Bréfritari: Benedikt Hálfdanarson
Dagsetning: A-1880-02-23
Skrifað á: Vesturheimi

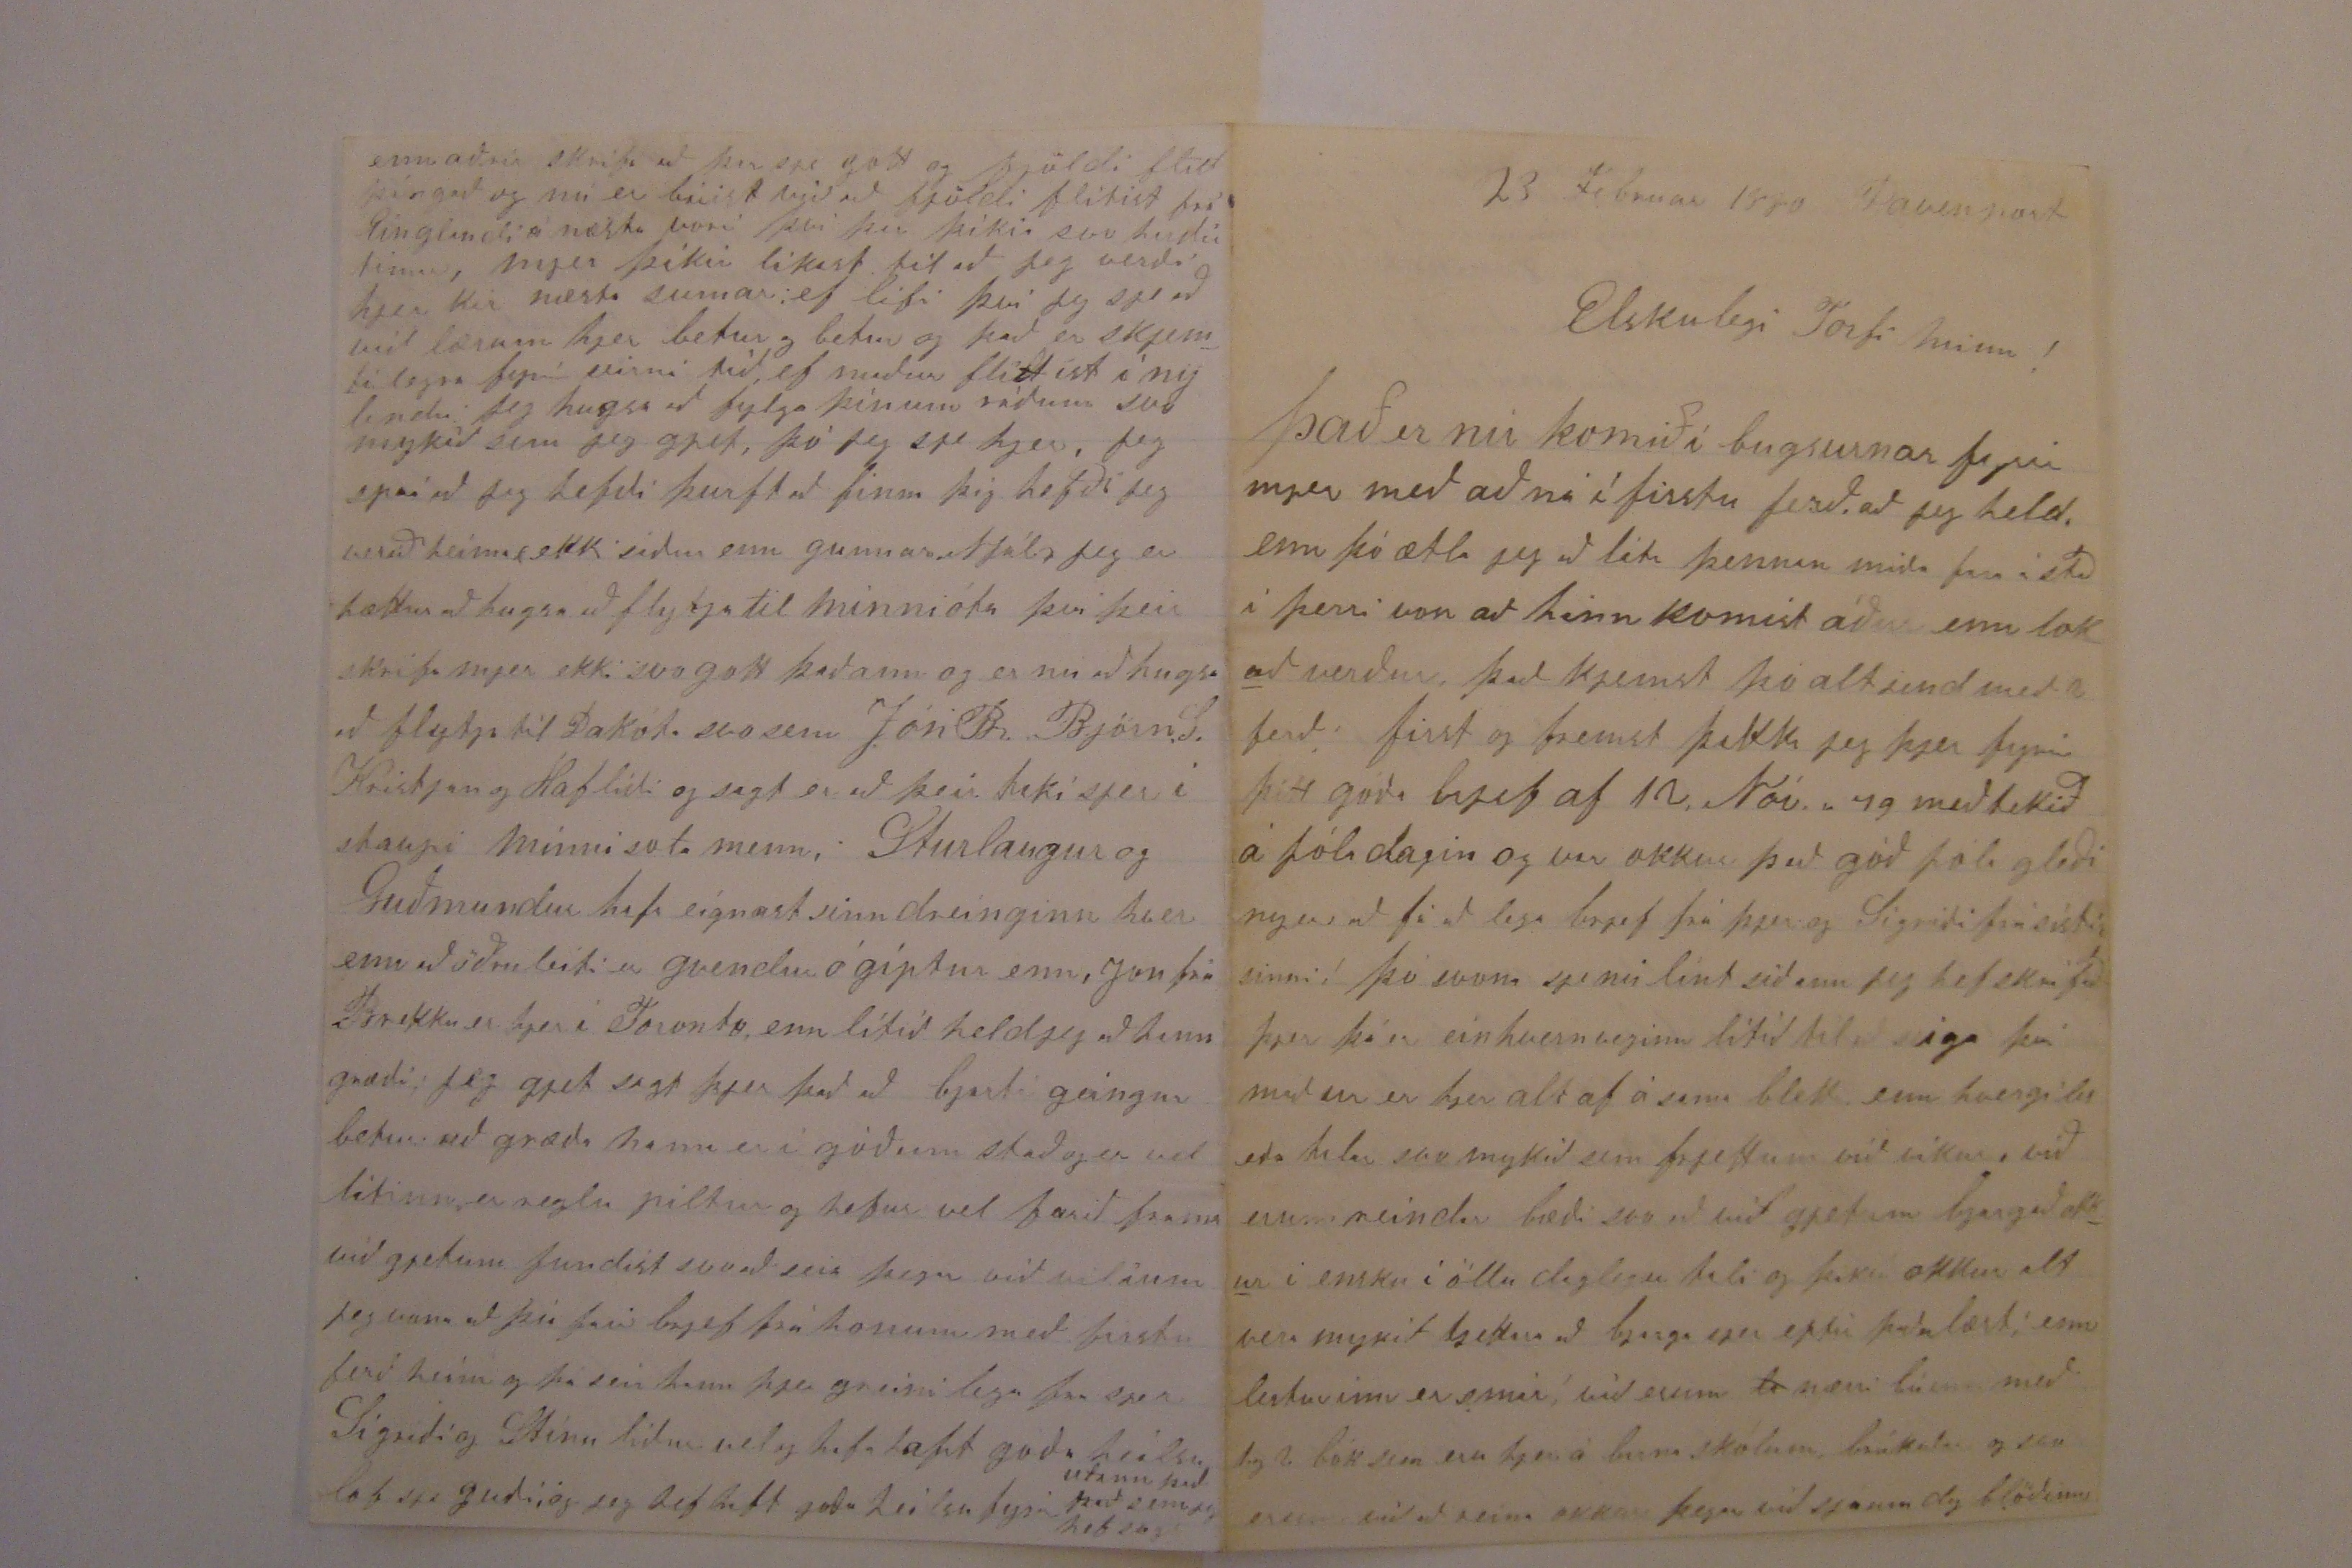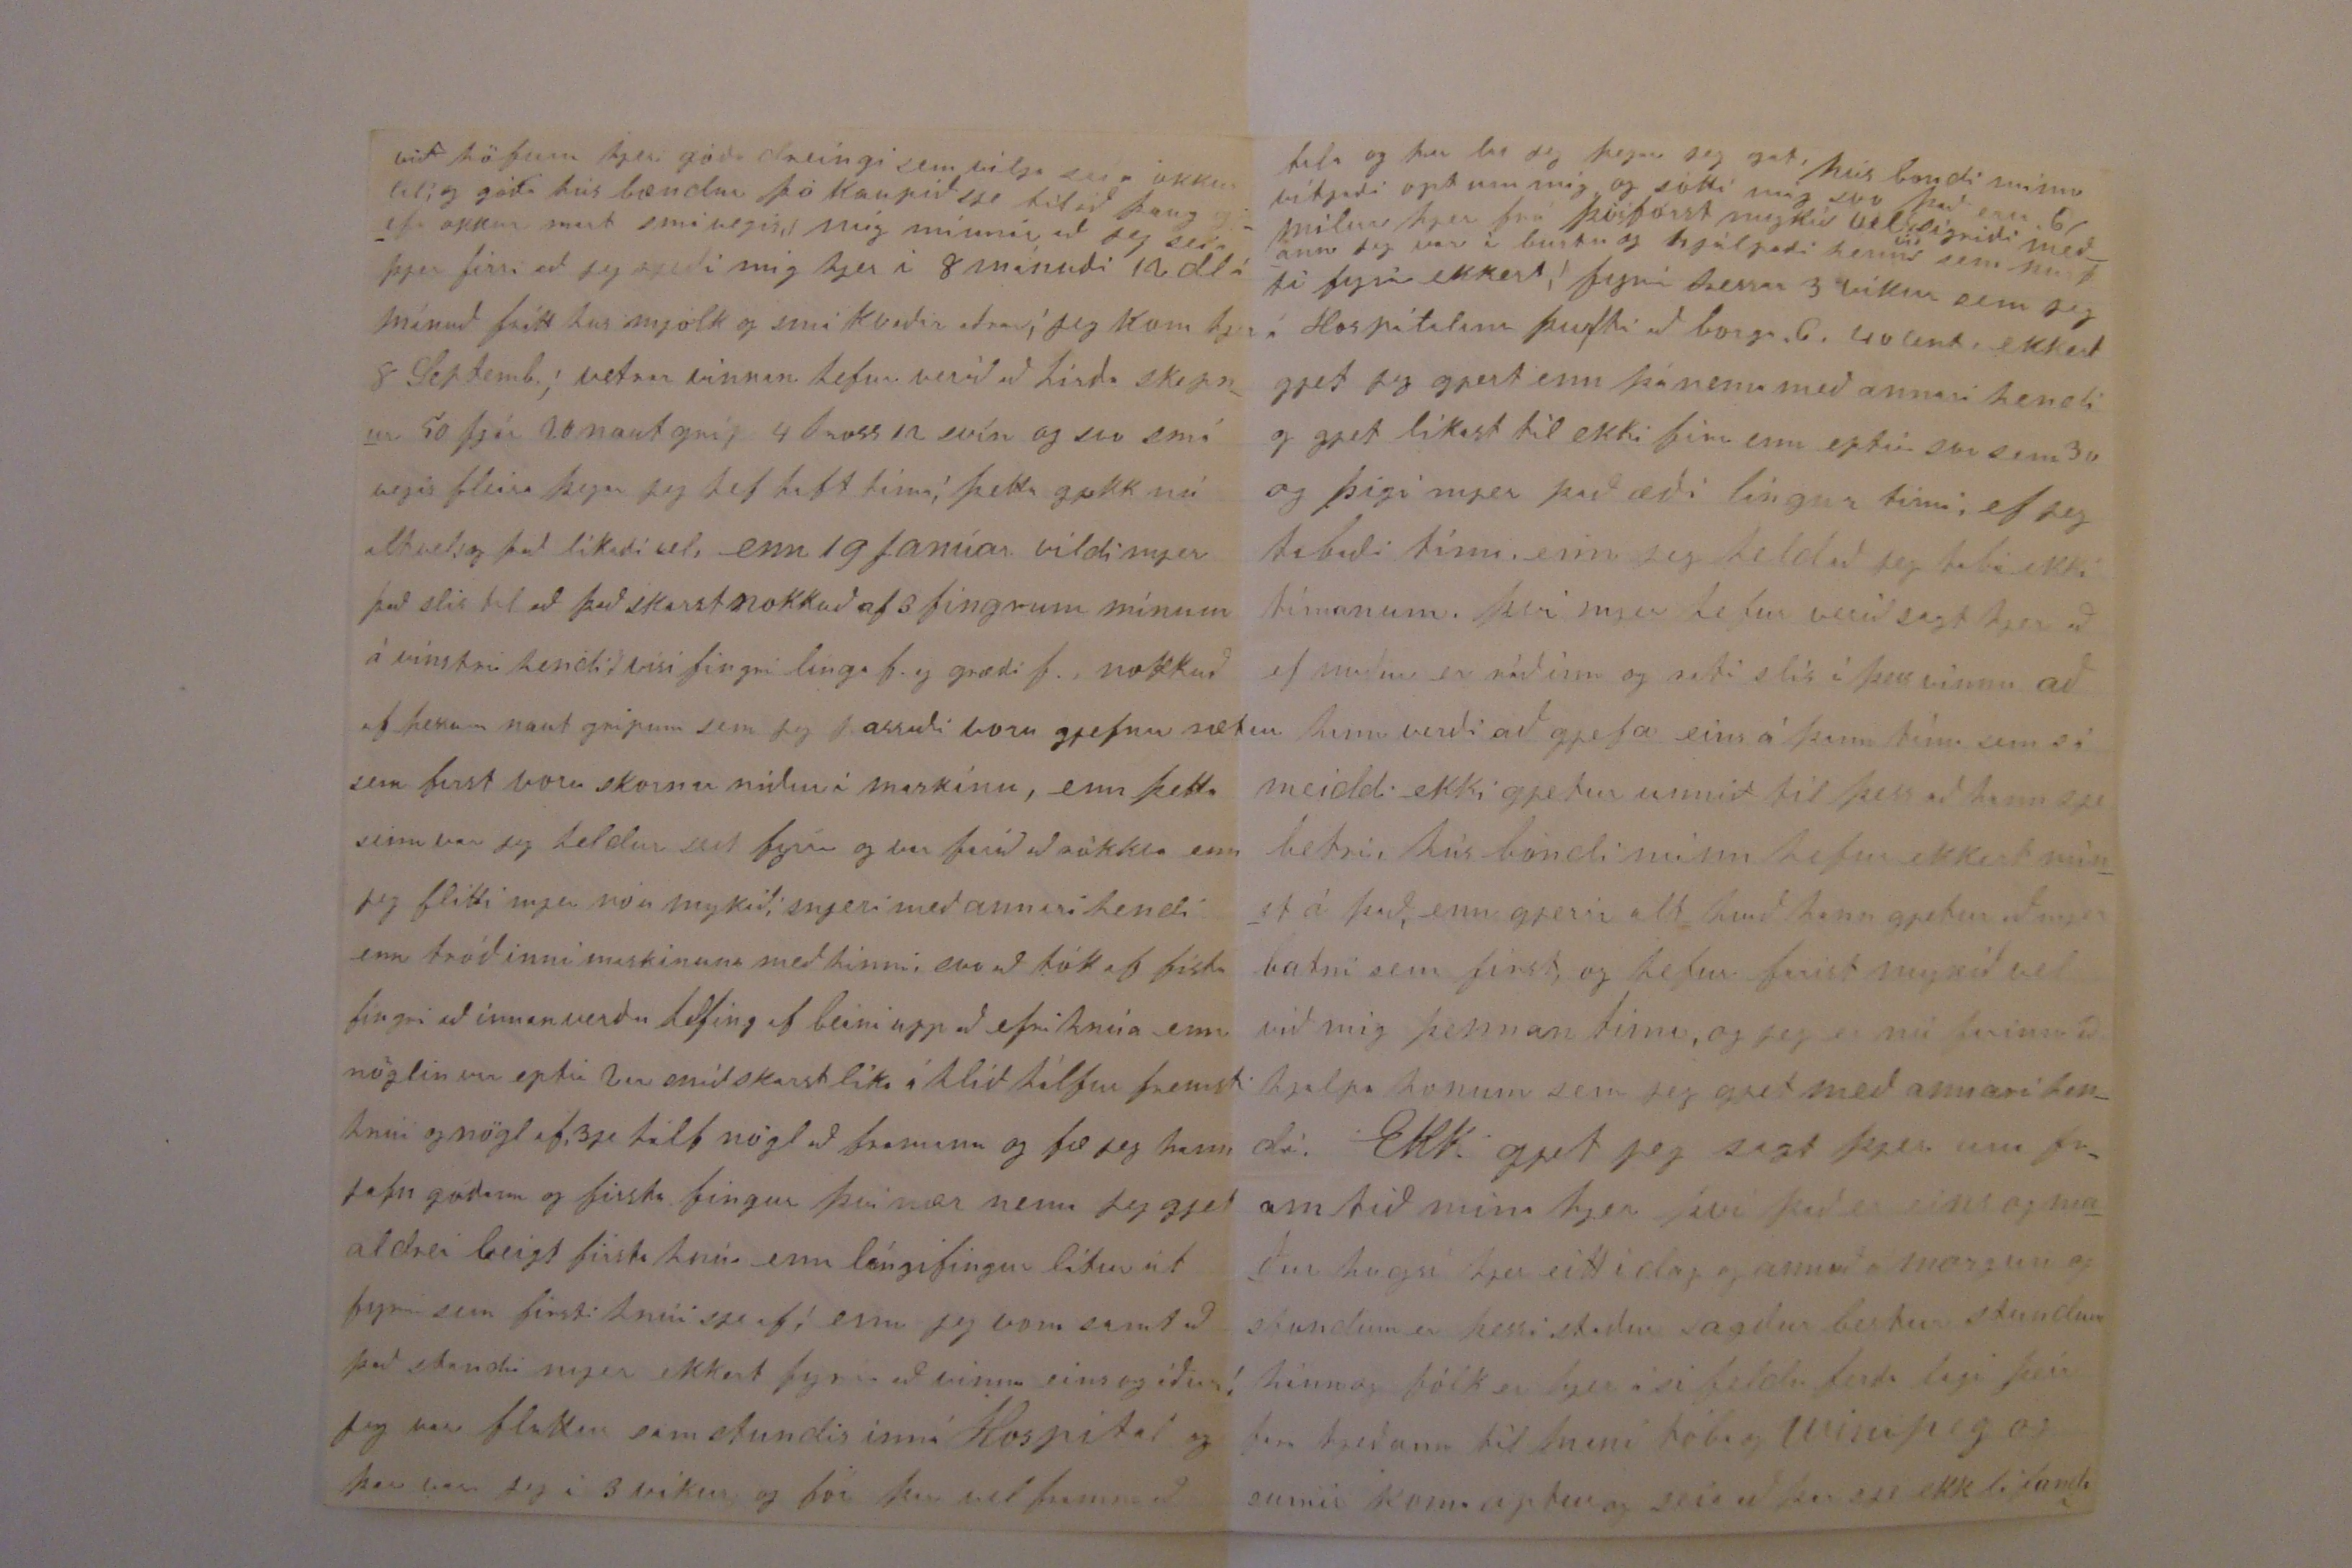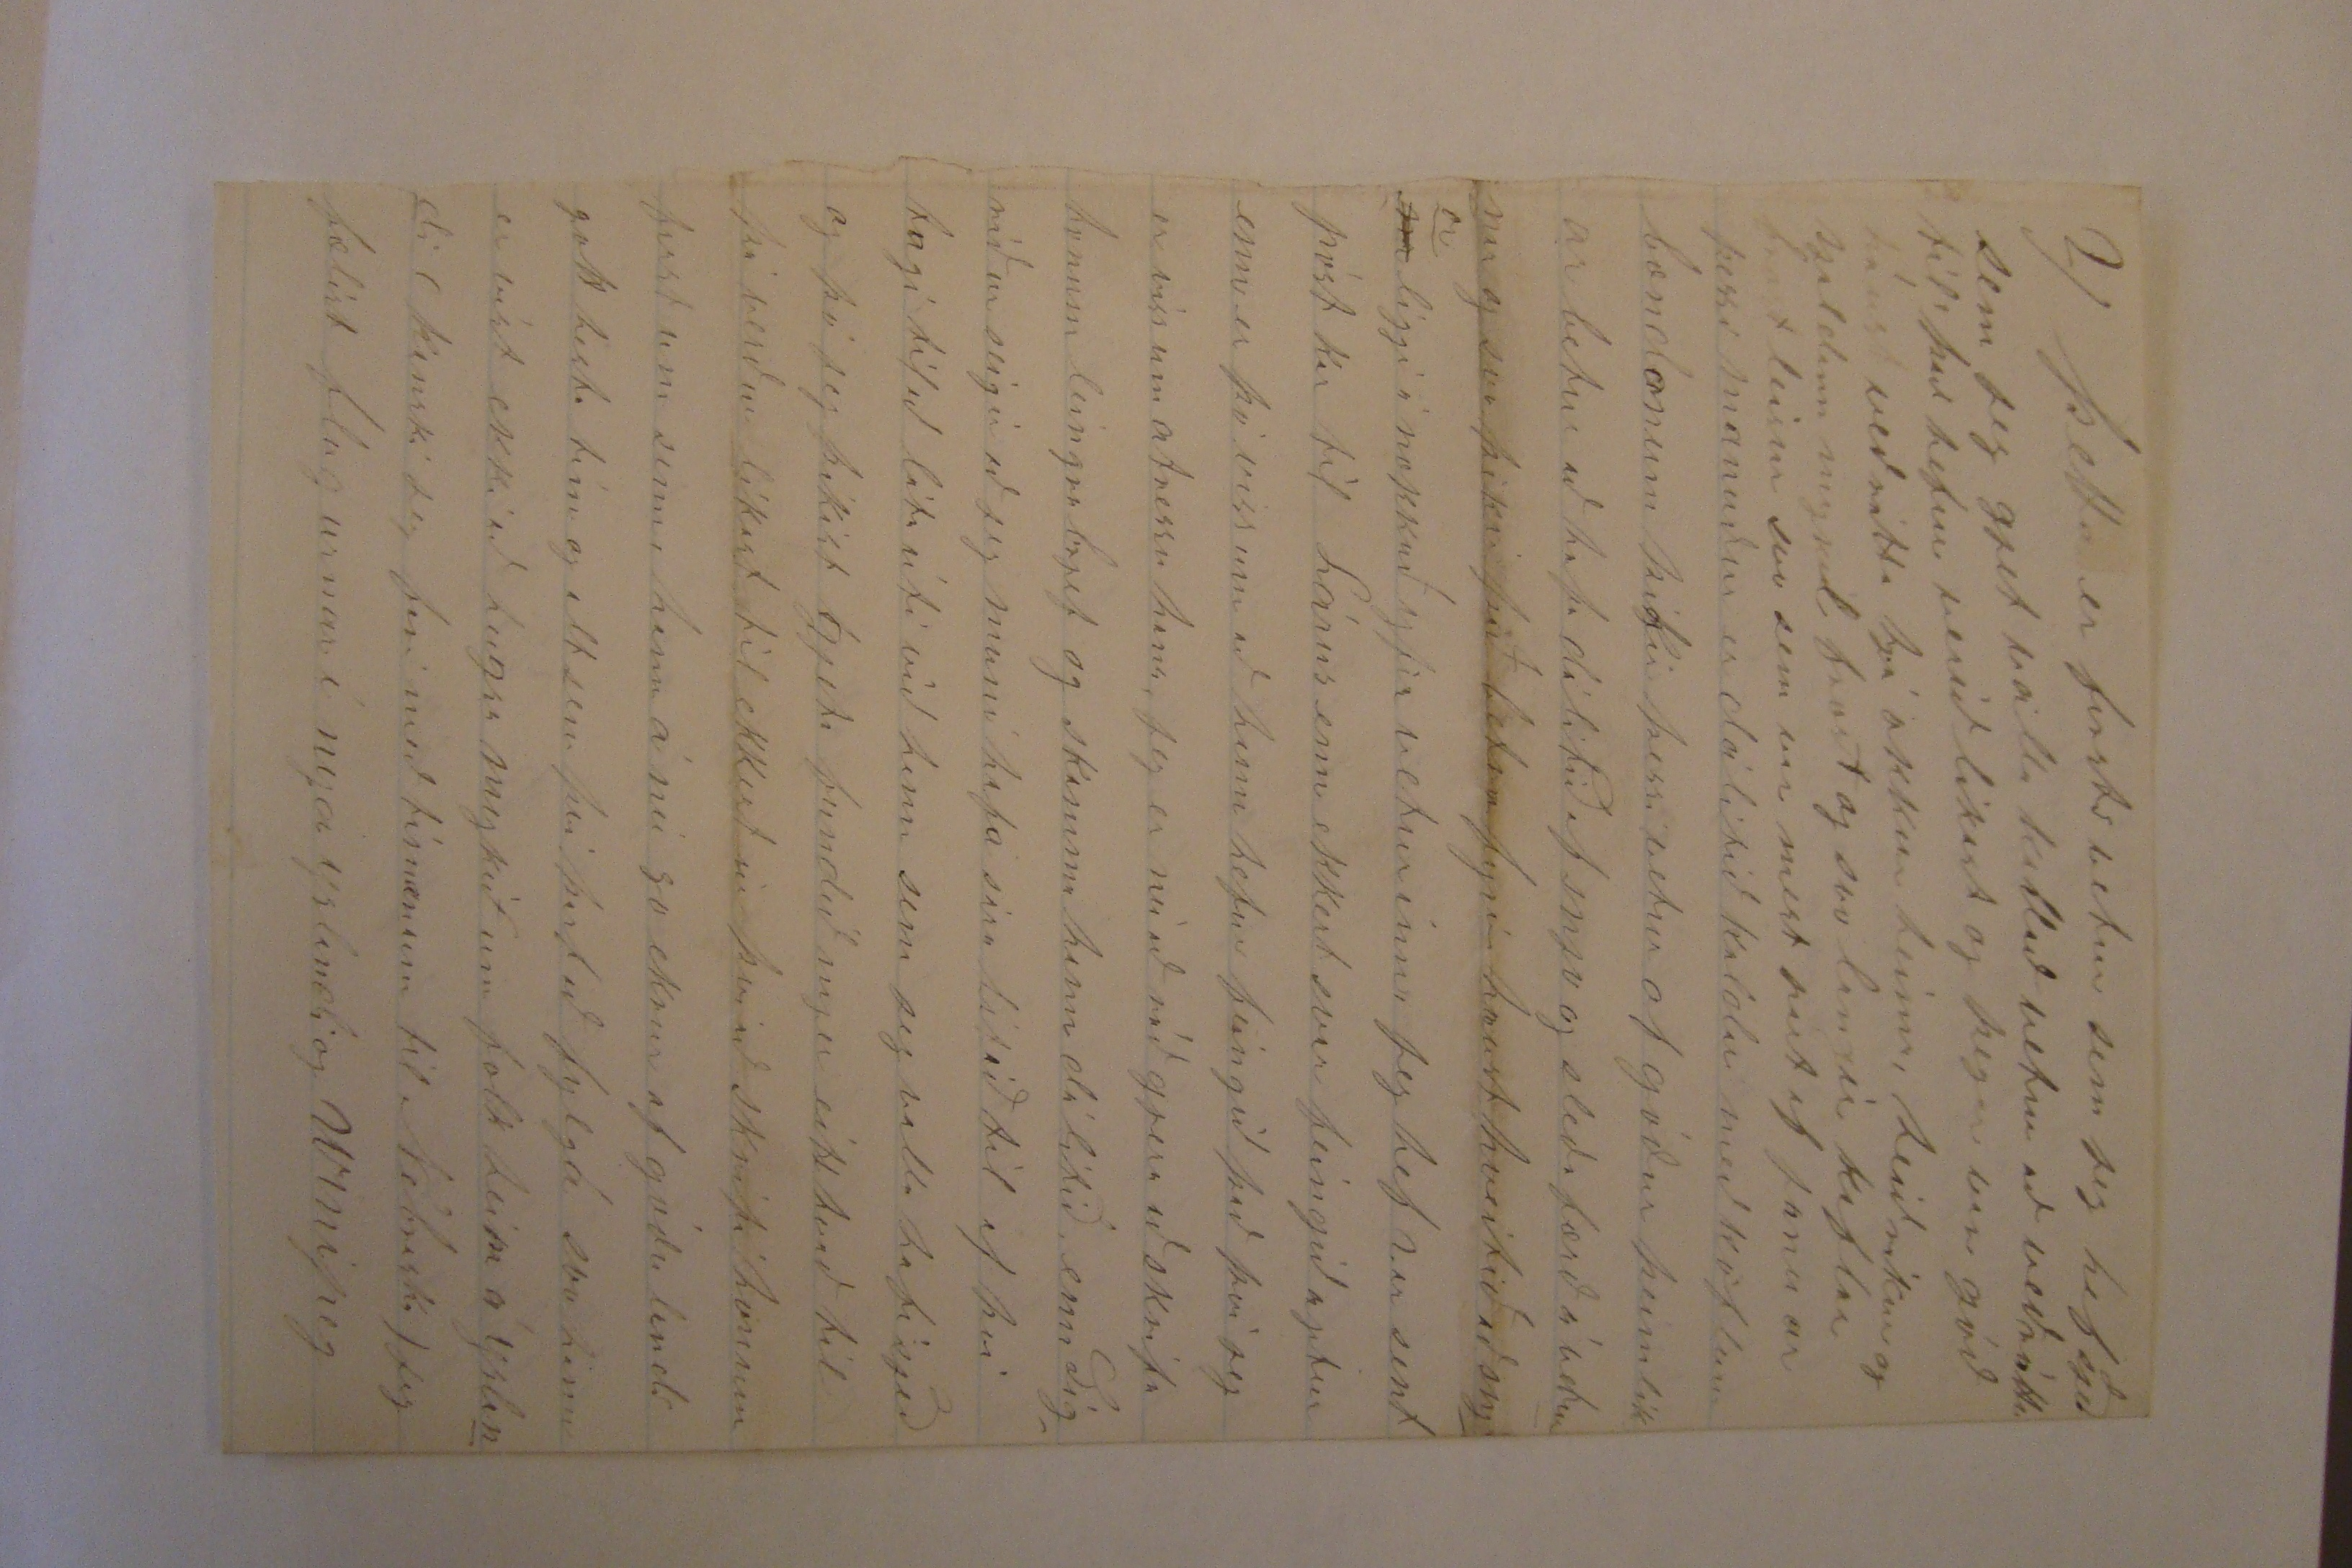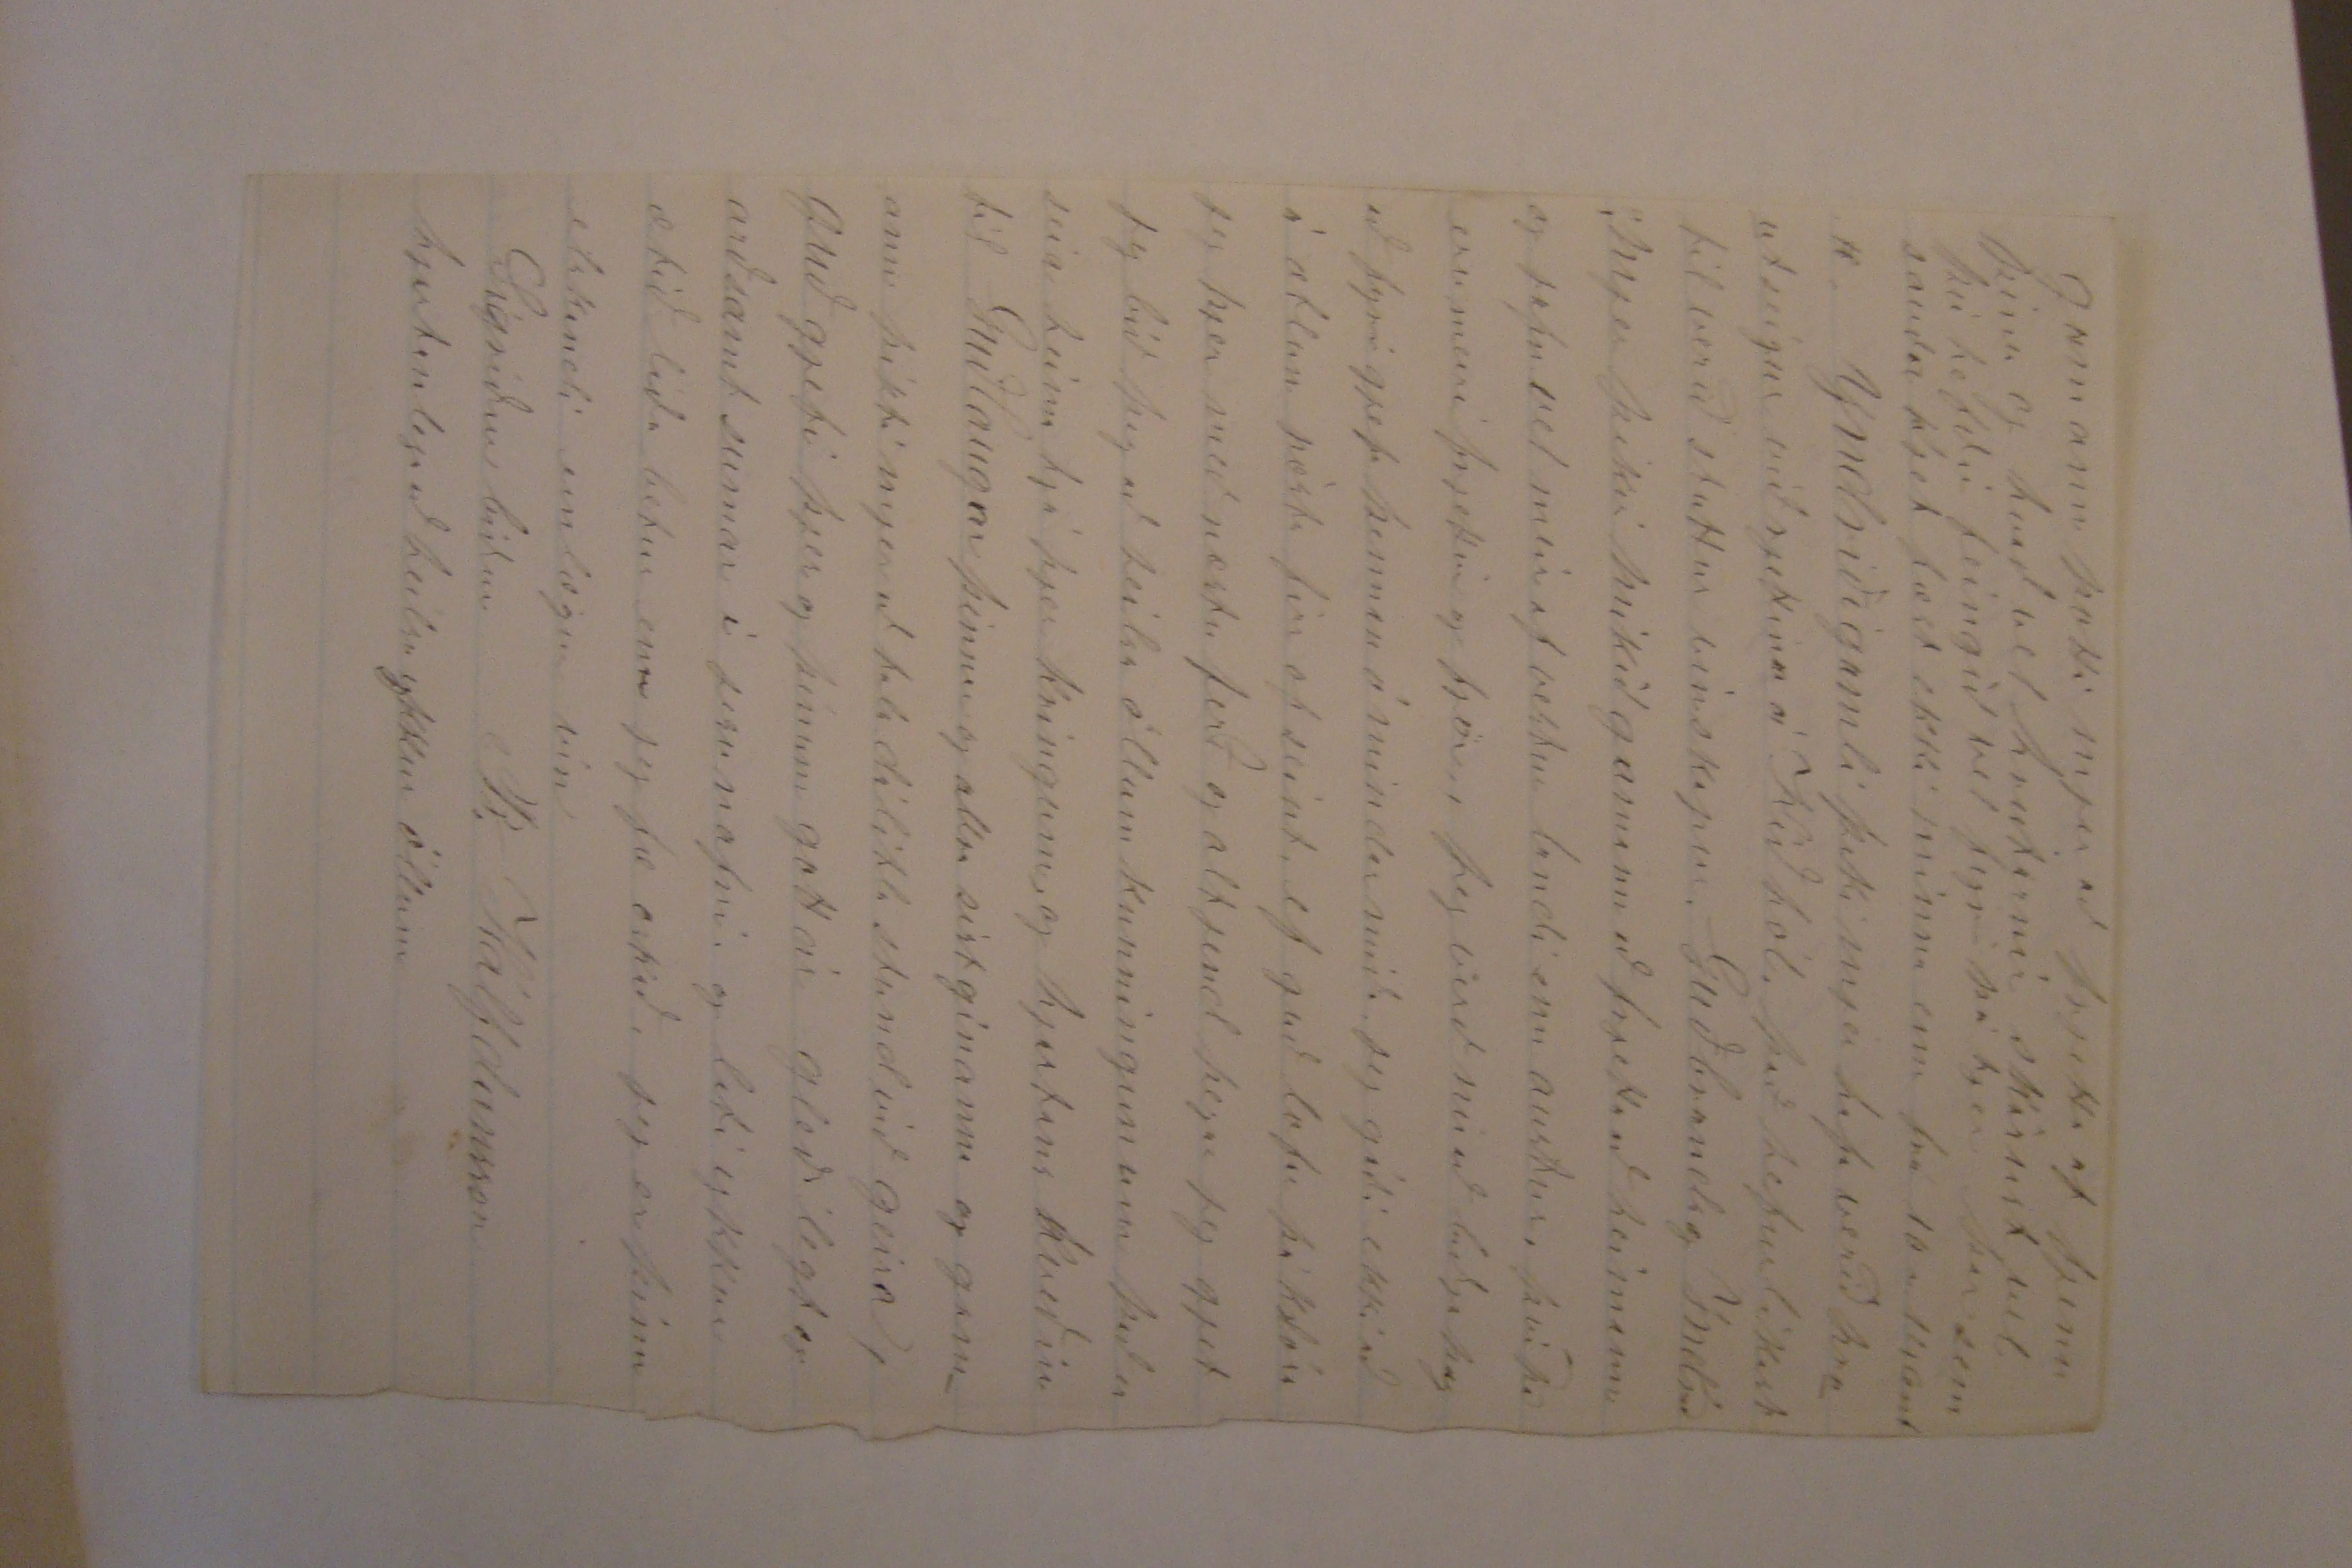

23 Februar 1889 Davenport
Elskulegi Torfi minn!
Það er nú komið í bugsurnar fyrir mjer með að ná í firstu ferð að jeg held, enn þó ætla jeg að láta þennan miða fara á stað í
þerri
von að hann komist áður enn lokað verður, það kjemst þó altjent með 2 ferð, first og fremst þakka jeg þjer fyrir þitt góða brjef af 12. Nóv. „ 79 meðtekið á Jóladagin og var okkur það góð jóla gleði mjer að fá að lesa brjef frá þjer og Sigríði frá sistir sinni! þó svona sje nú lánt síðann jeg hef skrifað þjer þá er einhvernveginn lítið til að seiga því miður er hjer altaf á sama blett enn hvergi les eða
talar
svo mykið sem frjettum við víkur, við erum reindar bæði svo að við gjetum bjargað okkur í ensku í öllu daglegu tali og þikir okkur alt vera mykið ljettara að bjarga sjer eptir það er lært; enn lesturinn er smár; við erum
0
nærri búinn með 1. og 2. bók sem eru hjer á barnaskólum, brúkaðar og svo erum við að reina okkur þegar við sjáum dag blöðinn
við höfum hjer góða dreingi sem vilja
seia
okkur
tal;
og góða hús bændur þó kaupið sje lítið þaug gjefa okkur mart smávegis; mig minnir að jeg seia þjer firri að jeg rjeði mig hjer í 8 mánuði 12 dl á mánuð frítt hus mjólk og smá kvaðir aðrar; jeg kom hjer 8 Septemb.; vetrar vinnan hefur verið að hirða skepnur 50 fjár 20 naugripi 4 hross 12 svín og svo smá vegis fleira þegar jeg hef haft tíma; þetta gjekk nú alt vel og það líkaði vel, enn 19 Janúar vildi mjer það slis til að það skarst nokkuð af 3 fingrum mínum á vinstri hendi, vísi fingri langa f. og græði f., nokkuð af þessum naut gripum sem jeg passaði voru gjefnir 00000 sem first voru skornar niður á maskínu, enn þetta sinn var jeg heldur 0000 fyrir og var farið að rökkva enn jeg flítti mjer nóu mykið; snjeri með annari hendi enn tróð inní maskínuna með hinni, svo að tók af fista fingri að innanverðu helfing af beini upp að efri hnúa enn nöglin var eptir 2ar sniðskarst líka á hlið hálfur fremsti hnúi og nögl af, 3ji hálf nögl að framann og fæ jeg henn jafn góðann og firsta fingur því nær nema jeg gjet aldrei beigt firsta hnúa enn lángifingur lítur út fyrir sem firsti hnúi sje af; enn jeg vona samt að það standi mjer ekkert fyrir að vinna eins og áður! Jeg var fluttur samstundis inná Hospital og þar var jeg í 3 vikur og fór þar vel framm að
tala og þar las jeg þegar jeg gat, hús bondi minn vitjandi opt um mig og sótti mig svo það eru 61 mílur hjer frá ví fórst mykið 000
við
Sigríði meðann jeg var í burtu og hjálpaði henni sem þurfti fyrir ekkert, fyrir
þessar
3 vikur sem jeg á Hospítalinu þurfti að borga .6. 40 cent, ekkert gjet jeg gjert enn þá nema með annari hendi og gjet líkast til ekki firr enn eptir svo sem 30 og þigi mjer það æði lángur tími; ef jeg tabaði tíma, enn jeg held að jeg held að jeg tabi ekki tímanum. því mjer hefur verið sagt hjer að ef
smiður
er ráðinn og raði slis á þess vinnu að hann verði að gjefa eins á þann tíma sem sá meiddi ekki gjetur unnið til þess að hann sje betri, húsbóndi minn hefur ekkert minst á það, enn gjerir alt hvað hann gjetur að mjer batni sem first, og hefur farist mykið vel við mig þennan tíma, og jeg er nú farinn að hjalpa honum sem jeg gjet með annari hendi. Ekki gjet jeg sagt þjer um framtíð mína hjer því það er eins og maður hugsi hjer eitt í dag og annað á morgun og stundum er þessi staður sagður bestur stundum hinn og fólk er hjer á sífeldu ferða lagi þeir fara hjeðann til Manitóba og Winipeg og sumir koma aptur og seia að þar sje ekki lifandi
enn aðrir skrifa að þar sje gott og fjöldi flist þángað og nú er búist við að fjöldi flitist frá Einglandi á næsta vori því þar þikia svo hardir tímar, mjer þikir líkast til að jeg verði hjer kir næsta sumar; ef lifi því jeg sje að við lærum hjer betur og betur og það er skjemtilegra fyrir seinni tíð, ef maður flittist í ny lendu Jeg hugsa að fylgja þínum ráðum svo mykið sem jeg gjet, þó jeg sje hjer, jeg spai að jeg hefði þurft að finna þig hefði jeg verið heima 0 ekki síður enn gunnars sjálfs jeg er hættur að hugsa að flytja til minnióta því þeir skrifa mjer ekki svo gott þaðann og er nú að hugsa að flytja til Dakóta svo sem Jón
Br.
Björn S. Kristjan og Hafliði og sagt er að þeir taki sjer í staupi minnisota menn, Sturlaugur og Guðmundur hafa eignast sinn dreinginn hver enn að öðru leiti er gvendur ógiptur enn, Jon frá Brekku er hjer í Toronto, enn lítið held jeg að hann græði, jeg gjet sagt þjer það að bjarti geingur betur að græða hann er í góðum stað og er vel litinn, er reglu piltur og hefur vel farið framm við gjetum fundist svo að seia þegar við vilium jeg vona að þú fair brjef frá honum með firstu ferð heim og þá seir hann þjer greinilega fra sjer Sigríði og Stínu líður vel og hafa haft goða heilsu lof sje guði, og jeg hef haft goða heilsu fyrir utann það
það
sem jeg hef sagt
þetta er firsti vetur sem jeg hef sjeð sem jeg gjet valla kallað vetur að veðráttu til það hefur verið líkast og þegar var góð haust veðrátta hjá okkur heima, heiðríkur og sjaldann mykið frost og svo langir kaflar frostleisur svo sem var mest part af Januar þessi manuður er dálítið kaldur með köflum bændonum þikir þessi vetur of góður þeim líkar betur að hafa dálítið af snjo og sleðafærð á veturnar og svo þikir það betra fyrir hausthveitið að njór liggi á nokkuð yfir veturinn jeg hef 2ar sent póst
kor
til Lárus enn ekkert svar feingið það því jeg er viss um atressu hans, jeg er nú að ráðgjera að skrifa honum leingra brjef og skamma hann dálítið enn Sigríður seigir að jeg muni hafa sára lítið til af því tagi til að láta úti við hann sem jeg valla hafi sjeð og þó jeg þikist gjeta fundið mjer eitthvað til þá verður líkast til ekkert úr því að skrifa honum first um sinni hann á nú 50 ekrur af góðu landi gott hesta tún og alt sem því þarf að fylga svo hann er víst ekki að hugsa mykið um folk heim á yslandi 0 kanski jeg fari með tímanum til Nebraska. Jeg fælist flugurnar í nya yslandi og winipeg
gamnann þotti mjer að frjetta af fjenu þínu og hvað vel
hrutarnir
skárust
vel
þú hefðir feingið vel fyrir þá hjer þar sem sauða kjet fæst ekki minna enn frá 10 - 14 cent 0, Yndriði gamli þiki mjer hafa verið 00000 seigur við rjettinn á Kiðhóli það hefur líkast til verið stuttur vinskapur Guðbrands og Yndriða mjer þikir mikið gamann að frjetta að heimann og jafn vel meir af vestur landi enn austur. því þá eru meiri frjettir og fjör, Jeg verð nú að biðja þig að fyrirgjefa þennan ómindar miða jeg gáði ekki að á ætlun pósta fir of seint, ef guð lofar þá klóra jeg þjer með næstu ferð og altjent þegar jeg gjet jeg bið þig að heilsa öllum kunningunum það er seia heima hjá þjer kringum og hjartans kveðiu til Guðlaugar þinnar og allra sistginanna og gamann þókti mjer að tala dálítla stund við geira, guð gjefi þjer og þínum gott ár og gleðilegt og arðsamt sumar í jesu nafni og láti ykkur ætíð líða betur enn jeg fæ oskað, jeg er þinn elskandi einlægur vin
B. Hálfdansson
Sigríður biður hjartanlega að heilsa ykkur öllum